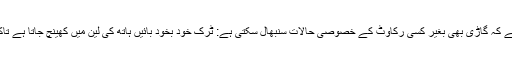
خودمختاری سے چلنے والے ٹرک کے نزدیک ہونے والے مطالعے سے پتہ چلتا ہے کہ گاڑی بھی بغیر کسی رکاوٹ کے خصوصی حالات سنبھال سکتی ہے: ٹرک خود بخود بائیں ہاتھ کی لین میں کھینچ جاتا ہے تاکہ سڑک کے کنارے ٹوٹی کار کو نیچے سے گذرنے کے لئے کافی کمرہ جاسکے۔